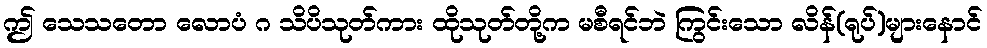
ဤ သေသတော လောပံ ဂ သိပိသုတ်ကား ထိုသုတ်တို့က မစီရင်ဘဲ ကြွင်းသော လိန်(ရုပ်)များနောင်